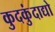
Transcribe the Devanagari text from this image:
कुदकुंदाद्यो